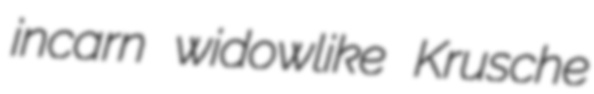
incarn widowlike Krusche